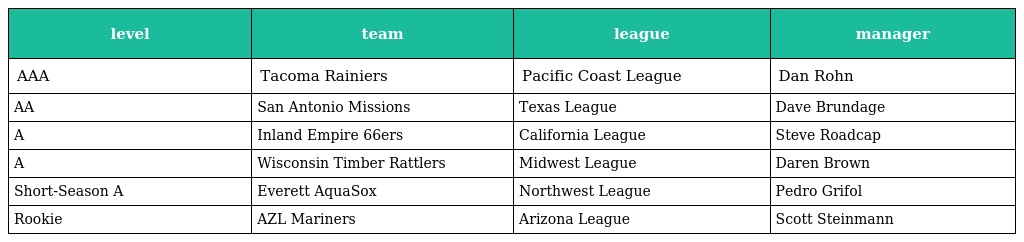
| level | team | league | manager |
 | --- | --- | --- | --- |
 | AAA | Tacoma Rainiers | Pacific Coast League | Dan Rohn |
 | AA | San Antonio Missions | Texas League | Dave Brundage |
 | A | Inland Empire 66ers | California League | Steve Roadcap |
 | A | Wisconsin Timber Rattlers | Midwest League | Daren Brown |
 | Short-Season A | Everett AquaSox | Northwest League | Pedro Grifol |
 | Rookie | AZL Mariners | Arizona League | Scott Steinmann |